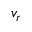
v _ { r }